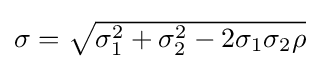
\textstyle \sigma ={\sqrt {\sigma _{1}^{2}+\sigma _{2}^{2}-2\sigma _{1}\sigma _{2}\rho }}